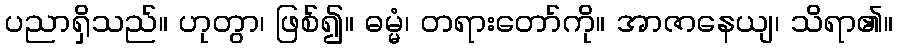
ပညာရှိသည်။ ဟုတွာ၊ ဖြစ်၍။ ဓမ္မံ၊ တရားတော်ကို။ အာဇာနေယျ၊ သိရာ၏။